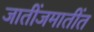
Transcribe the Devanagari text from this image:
जातींजमातींत